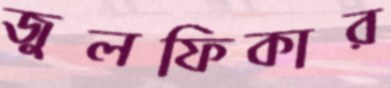
জুলফিকার